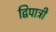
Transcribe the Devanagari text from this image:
द्विपात्री